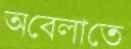
অবেলাতে